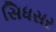
સિધસર